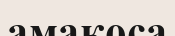
амакоса